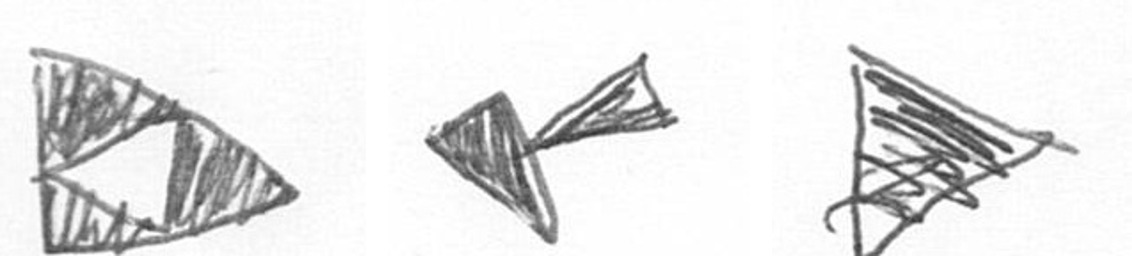
K F T